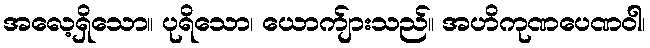
အလေ့ရှိသော။ ပုရိသော၊ ယောက်ျားသည်။ အဟိကုဏပေဏဝါ၊